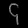
Digit: ၄